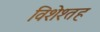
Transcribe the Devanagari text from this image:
विशेश्तह